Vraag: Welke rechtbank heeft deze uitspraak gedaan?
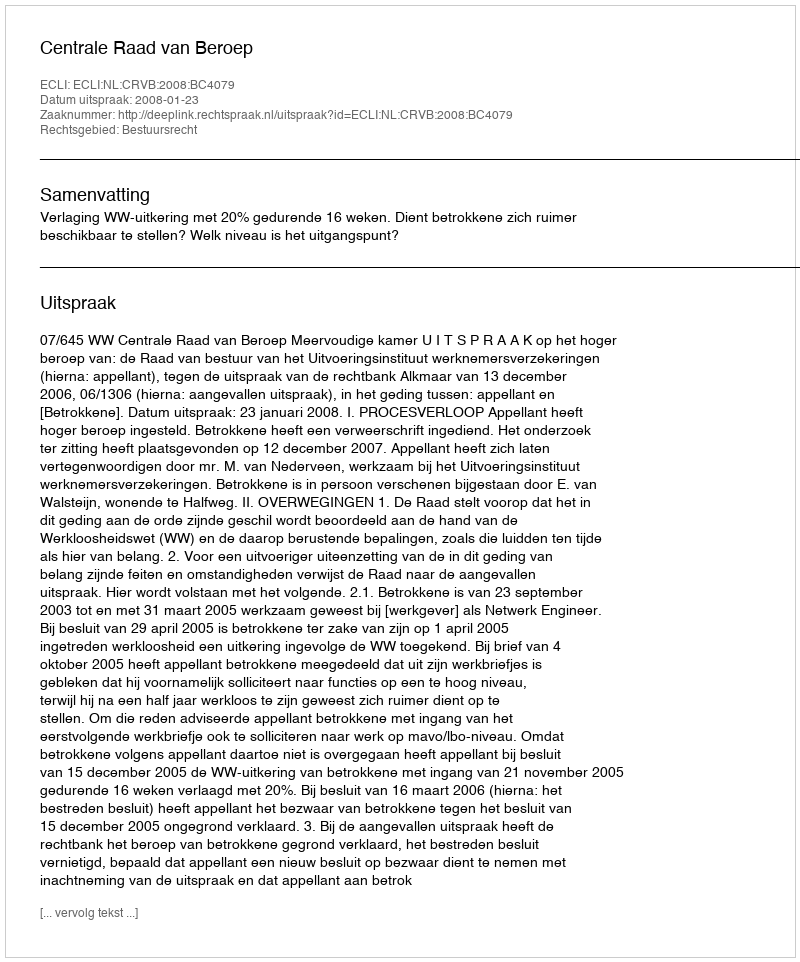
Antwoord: Centrale Raad van Beroep